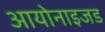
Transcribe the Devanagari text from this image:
आयोनाइजड